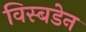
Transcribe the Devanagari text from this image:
विस्बडेन